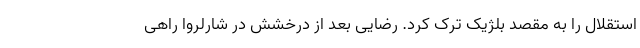
استقلال را به مقصد بلژیک ترک کرد. رضایی بعد از درخشش در شارلروا راهی